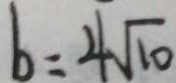
b = 4 \sqrt { 1 0 }